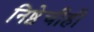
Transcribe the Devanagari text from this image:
निष्ठेचीही